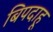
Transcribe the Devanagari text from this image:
बिपदाहू